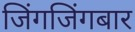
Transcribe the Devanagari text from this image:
जिंगजिंगबार